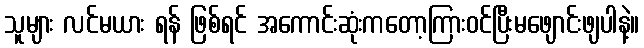
သူများ လင်မယား ရန် ဖြစ်ရင် အကောင်းဆုံးကတော့ကြားဝင်ပြီးမဖျောင်းဖျပါနဲ့။